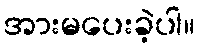
အားမပေးခဲ့ပါ။